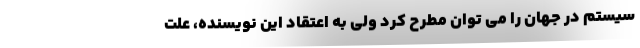
سیستم در جهان را می توان مطرح کرد ولی به اعتقادِ این نویسنده، علتِ